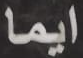
ايما